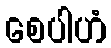
စေပါဟံ